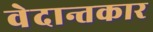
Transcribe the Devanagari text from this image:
वेदान्तकार